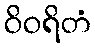
ဝိဝရိတံ